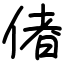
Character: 偖